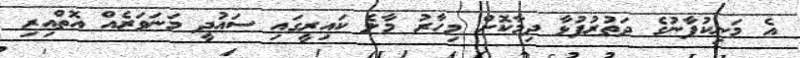
އެ މަނިކުފާނުގެ ދަތުރުފުޅާ ދިމާކޮށް މިހާރު މާލެ ކައިރީގައި ސައުދީ މަނަވަރެއް އޮތްއިރި